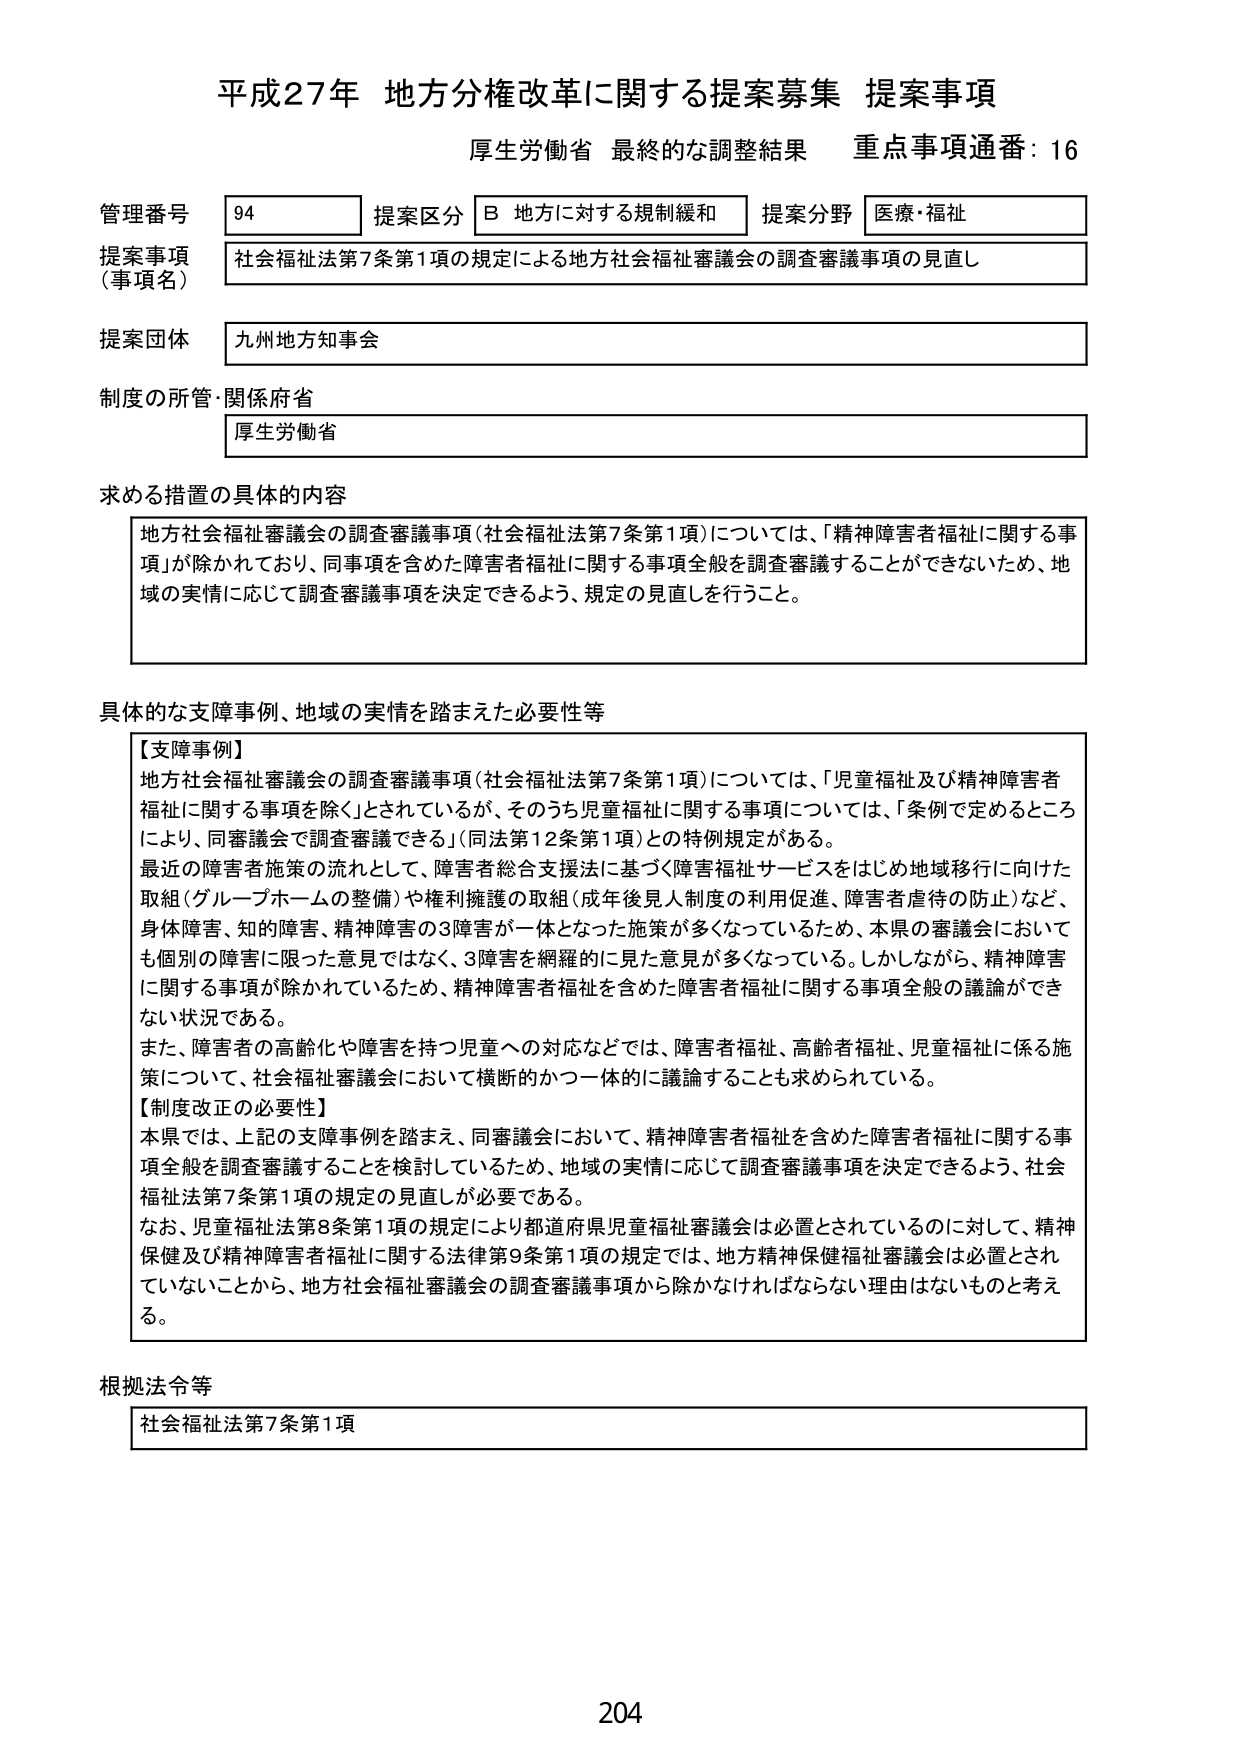
平成27年 地方分権改革に関する提案募集 提案事項
厚生労働省 最終的な調整結果 重点事項通番：16

管理番号 94 提案区分 B 地方に対する規制緩和 提案分野 医療・福祉
提案事項（事項名） 社会福祉法第7条第1項の規定による地方社会福祉審議会の調査審議事項の見直し
提案団体 九州地方知事会
制度の所管・関係府省 厚生労働省

求める措置の具体的内容
地方社会福祉審議会の調査審議事項（社会福祉法第7条第1項）については、「精神障害者福祉に関する事項」が除かれており、同事項を含めた障害者福祉に関する事項全般を調査審議することができないため、地域の実情に応じて調査審議事項を決定できるよう、規定の見直しを行うこと。

具体的な支障事例、地域の実情を踏まえた必要性等
【支障事例】
地方社会福祉審議会の調査審議事項（社会福祉法第7条第1項）については、「児童福祉及び精神障害者福祉に関する事項を除く」とされているが、そのうち児童福祉に関する事項については、「条例で定めるところにより、同審議会で調査審議できる」（同法第12条第1項）との特例規定がある。
最近の障害者施策の流れとして、障害者総合支援法に基づく障害福祉サービスをはじめ地域移行に向けた取組（グループホームの整備）や権利擁護の取組（成年後見人制度の利用促進、障害者虐待の防止）など、身体障害、知的障害、精神障害の3障害が一体となった施策が多くなっているため、本県の審議会においても個別の障害に限った意見ではなく、3障害を網羅的に見た意見が多くなっている。しかしながら、精神障害に関する事項が除かれているため、精神障害者福祉を含めた障害者福祉に関する事項全般の議論ができない状況である。
また、障害者の高齢化や障害を持つ児童への対応などでは、障害者福祉、高齢者福祉、児童福祉に係る施策について、社会福祉審議会において横断的かつ一体的に議論することも求められている。
【制度改正の必要性】
本県では、上記の支障事例を踏まえ、同審議会において、精神障害者福祉を含めた障害者福祉に関する事項全般を調査審議することを検討しているため、地域の実情に応じて調査審議事項を決定できるよう、社会福祉法第7条第1項の規定の見直しが必要である。
なお、児童福祉法第8条第1項の規定により都道府県児童福祉審議会は必置とされているのに対して、精神保健及び精神障害者福祉に関する法律第9条第1項の規定では、地方精神保健福祉審議会は必置とされていないことから、地方社会福祉審議会の調査審議事項から除かなければならない理由はないものと考える。

根拠法令等
社会福祉法第7条第1項

204